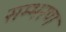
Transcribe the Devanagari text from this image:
सम्भरण